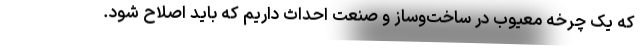
که یک چرخه معیوب در ساخت‌وساز و صنعت احداث داریم که باید اصلاح شود.